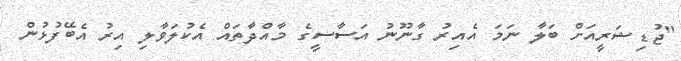
"ޖުޑިޝަރީއަށް ބަލާ ނަމަ އެއިރު ގާނޫނު އަސާސީގެ މާއްދާތައް އެކުލަވާލި އިރު އެބޭފުޅުން